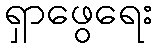
ရှာဖွေရေး